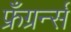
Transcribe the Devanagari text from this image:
फ्रँग्रर्न्स